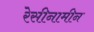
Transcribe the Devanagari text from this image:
रेसीनामीन